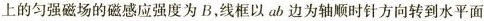
上的匀强磁场的磁感应强度为B，线框以ab边为轴顺时针方向转到水平面